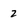
Character: 2